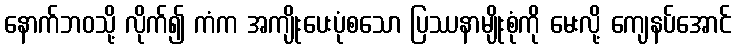
နောက်ဘဝသို့ လိုက်၍ ကံက အကျိုးပေးပုံစသော ပြဿနာမျိုးစုံကို မေးလို့ ကျေနပ်အောင်